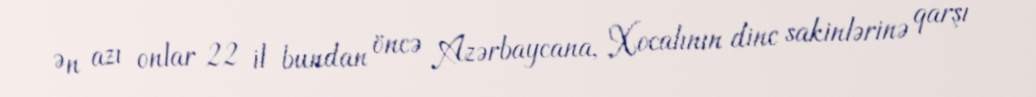
Ən azı onlar 22 il bundan öncə Azərbaycana, Xocalının dinc sakinlərinə qarşı